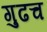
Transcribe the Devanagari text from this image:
गुढच